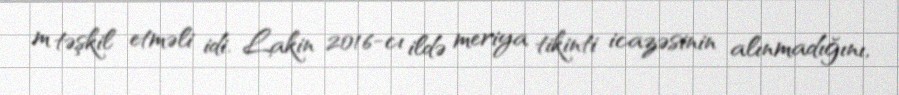
m təşkil etməli idi. Lakin 2016-cı ildə meriya tikinti icazəsinin alınmadığını,